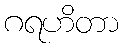
ဂရဟိတာ